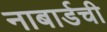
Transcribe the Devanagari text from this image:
नाबार्डची